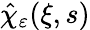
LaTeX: \hat{\chi}_{\varepsilon}(\xi,s)